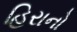
હિરાનો